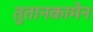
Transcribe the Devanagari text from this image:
तुतानकामेन